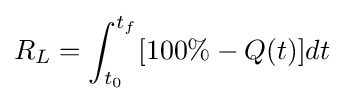
R_{L}=\int _{t_{0}}^{t_{f}}[100\%-Q(t)]dt